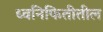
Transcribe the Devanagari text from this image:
ध्वनिफितीतील